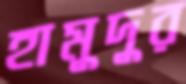
হামুদুর